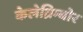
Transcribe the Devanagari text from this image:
केलेब्रिम्बोर